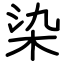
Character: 染